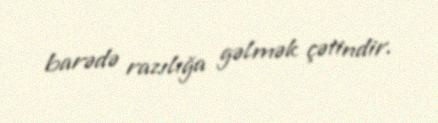
barədə razılığa gəlmək çətindir.